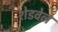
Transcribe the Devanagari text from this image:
शेडवेल